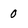
Character: 0